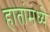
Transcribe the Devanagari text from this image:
हातांमध्ये